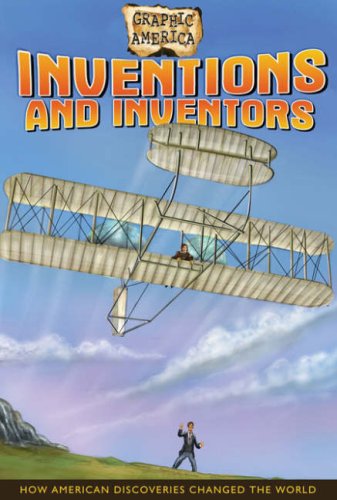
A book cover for Inventions and Inventors: How American Discoveries Changed the World (Graphic America); Darren Sechrist; Children's Books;